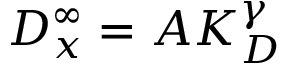
D _ { x } ^ { \infty } = A K _ { D } ^ { \gamma }